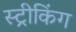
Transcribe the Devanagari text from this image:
स्ट्रीकिंग